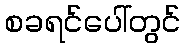
စခရင်ပေါ်တွင်